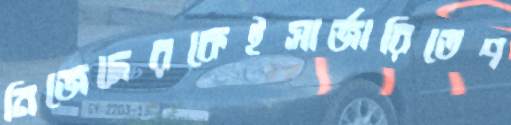
নিজেদেরকেইসার্জারিতেপ